Leningradi_Edasi_toimetus, lk 219
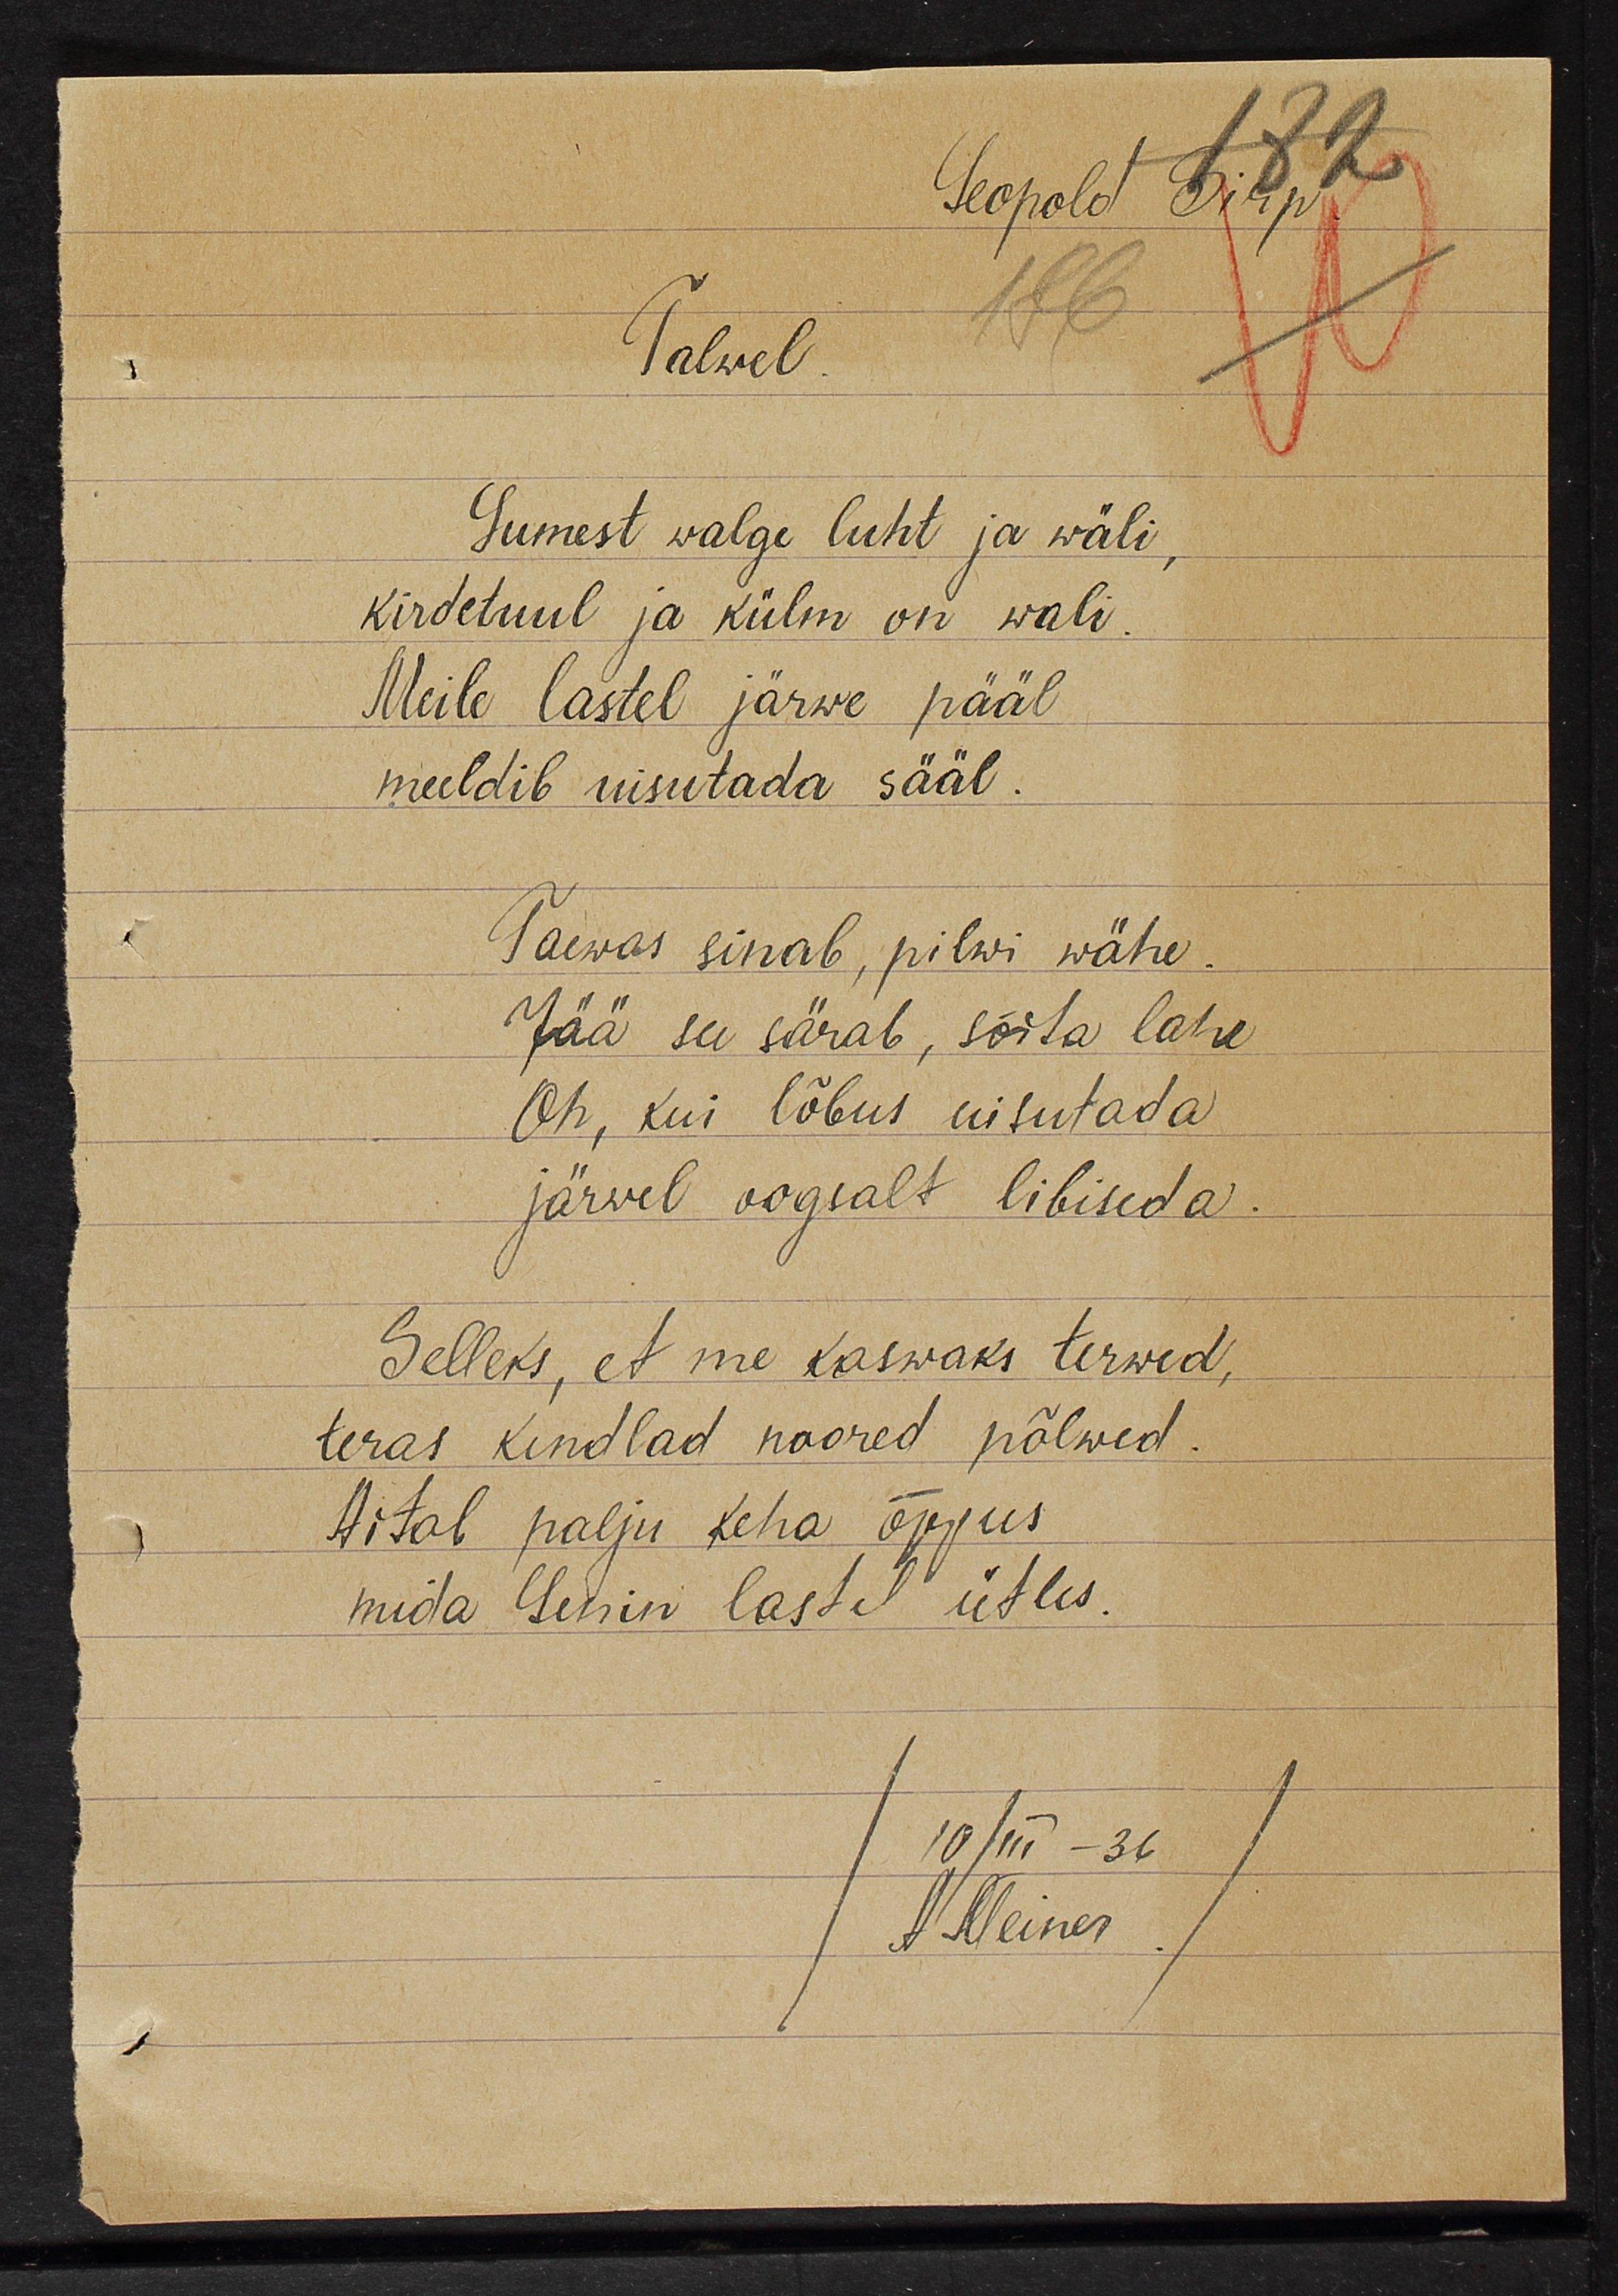
Leopold Sirp
Talwel
Lumest walge liht ja wäli,
kirdetuul ja külm on wali.
Meile lastel järwe pääl
meeldib uisutada sääl.
Taewas sinab, pilwi wähe.
Jää see särab, sõita lahe
Oh, kui lõbus uisutada
järwel oogsalt libiseda.
Selleks, et me kaswaks terwed,
teras kindlad noored põlwed.
Aitab palju keha õppus
mida Lenin lastel ütles
10/III - 36
A. Meiner